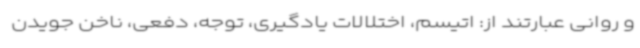
و روانی عبارتند از: اتیسم، اختلالات یادگیری، توجه، دفعی، ناخن جویدن